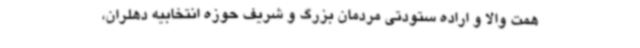
همت والا و اراده ستودتی مردمان بزرگ و شریف حوزه انتخابیه دهلران،